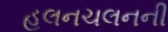
હલનચલનની